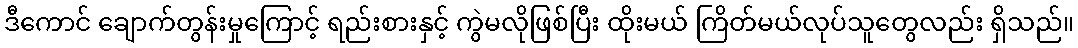
ဒီကောင် ချောက်တွန်းမှုကြောင့် ရည်းစားနှင့် ကွဲမလိုဖြစ်ပြီး ထိုးမယ် ကြိတ်မယ်လုပ်သူတွေလည်း ရှိသည်။